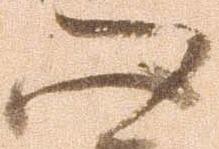
心